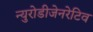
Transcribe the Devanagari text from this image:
न्युरोडीजेनरेटिव